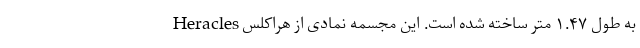
به طول ۱.۴۷ متر ساخته شده است. این مجسمه نمادی از هراکلس Heracles